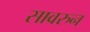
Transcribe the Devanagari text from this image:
सावरुन